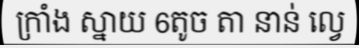
ក្រាំង ស្នាយ 6តូច តា នាន់ ល្វេ